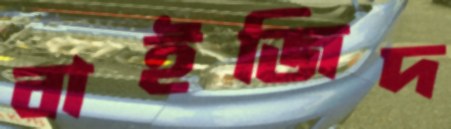
বাইজিদ